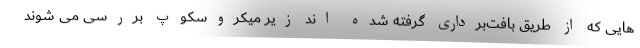
هایی که از طریق بافت‌برداری گرفته شده اند زیر میکروسکوپ بررسی می شوند